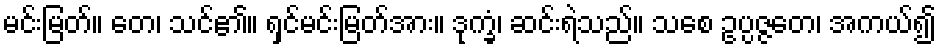
မင်းမြတ်။ တေ၊ သင်၏။ ရှင်မင်းမြတ်အား။ ဒုက္ခံ၊ ဆင်းရဲသည်။ သစေ ဥပ္ပဇ္ဇတေ၊ အကယ်၍